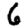
Digit: 6